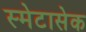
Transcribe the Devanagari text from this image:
स्मेटासेक